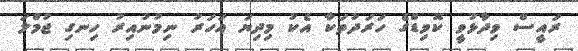
ރައީސް ވިދާޅުވީ ކޮވިޑްގެ ހަރަދުތަކާ އެކު މިދިޔަ އަހަރު ނިމުނުއިރު ހިނގި ޖުމްލަ